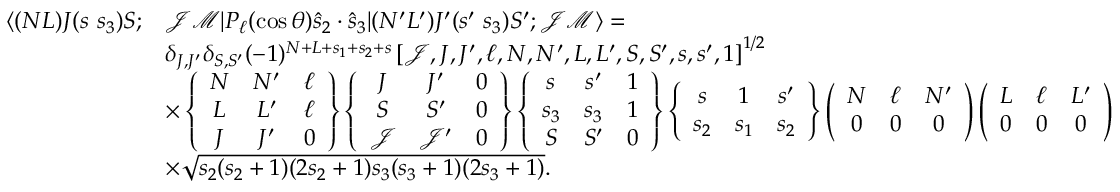
\begin{array} { r l } { \langle ( N L ) J ( s ~ s _ { 3 } ) S ; } & { \mathcal { J } \mathcal { M } | P _ { \ell } ( \cos \theta ) \hat { s } _ { 2 } \cdot \hat { s } _ { 3 } | ( N ^ { \prime } L ^ { \prime } ) J ^ { \prime } ( s ^ { \prime } ~ s _ { 3 } ) S ^ { \prime } ; \mathcal { J } \mathcal { M } \rangle = } \\ & { \delta _ { J , J ^ { \prime } } \delta _ { S , S ^ { \prime } } ( - 1 ) ^ { N + L + s _ { 1 } + s _ { 2 } + s } \left[ \mathcal { J } , J , J ^ { \prime } , \ell , N , N ^ { \prime } , L , L ^ { \prime } , S , S ^ { \prime } , s , s ^ { \prime } , 1 \right] ^ { 1 / 2 } } \\ & { \times \left\{ \begin{array} { c c c } { N } & { N ^ { \prime } } & { \ell } \\ { L } & { L ^ { \prime } } & { \ell } \\ { J } & { J ^ { \prime } } & { 0 } \end{array} \right\} \left\{ \begin{array} { c c c } { J } & { J ^ { \prime } } & { 0 } \\ { S } & { S ^ { \prime } } & { 0 } \\ { \mathcal { J } } & { \mathcal { J } ^ { \prime } } & { 0 } \end{array} \right\} \left\{ \begin{array} { c c c } { s } & { s ^ { \prime } } & { 1 } \\ { s _ { 3 } } & { s _ { 3 } } & { 1 } \\ { S } & { S ^ { \prime } } & { 0 } \end{array} \right\} \left\{ \begin{array} { c c c } { s } & { 1 } & { s ^ { \prime } } \\ { s _ { 2 } } & { s _ { 1 } } & { s _ { 2 } } \end{array} \right\} \left( \begin{array} { c c c } { N } & { \ell } & { N ^ { \prime } } \\ { 0 } & { 0 } & { 0 } \end{array} \right) \left( \begin{array} { c c c } { L } & { \ell } & { L ^ { \prime } } \\ { 0 } & { 0 } & { 0 } \end{array} \right) } \\ & { \times \sqrt { s _ { 2 } ( s _ { 2 } + 1 ) ( 2 s _ { 2 } + 1 ) s _ { 3 } ( s _ { 3 } + 1 ) ( 2 s _ { 3 } + 1 ) } . } \end{array}